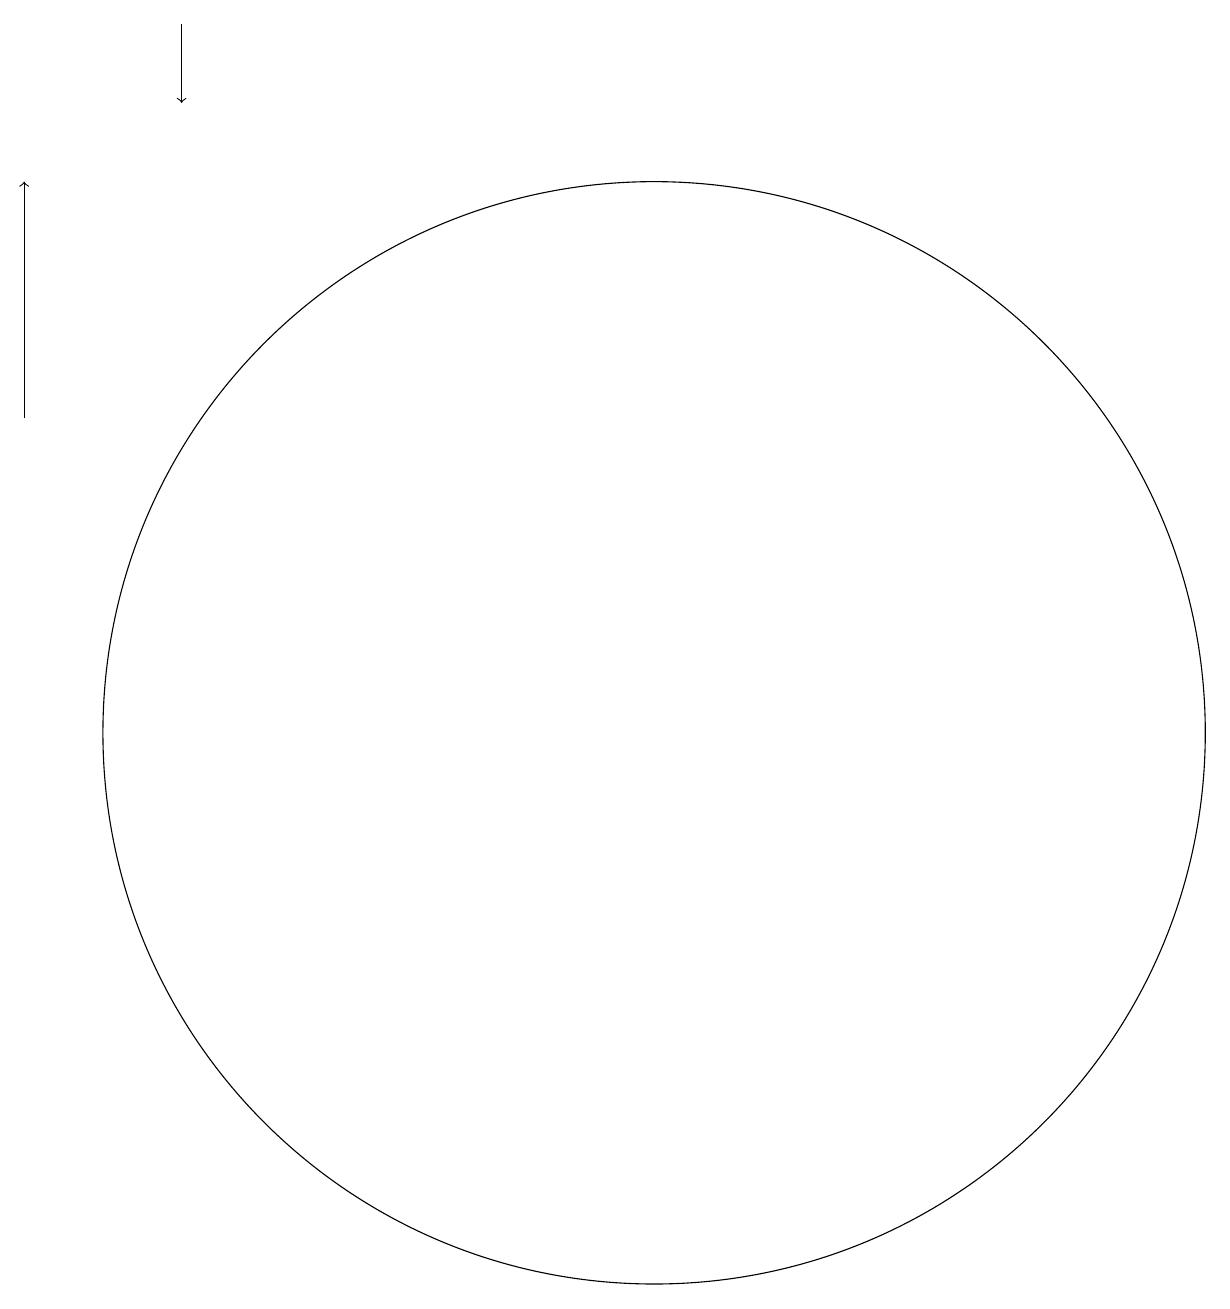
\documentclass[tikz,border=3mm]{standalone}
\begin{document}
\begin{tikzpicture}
\draw[->] (6,19) -- (6,18);
\draw[->] (4,14) -- (4,17);
\draw (12,10) circle (7);
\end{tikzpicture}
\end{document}